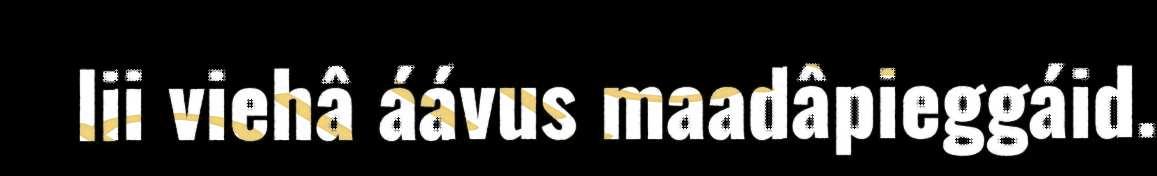
lii viehâ áávus maadâpieggáid.